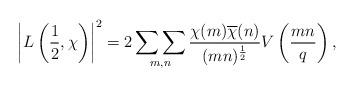
LaTeX: \begin{align*}\left| L \left( \frac{1}{2},\chi \right) \right|^2 &= 2 \mathop{\sum \sum}_{m,n} \frac{\chi(m) \overline{\chi}(n)}{(mn)^{\frac{1}{2}}} V \left(\frac{mn}{q} \right),\end{align*}